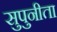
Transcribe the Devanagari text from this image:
सुपुनीता